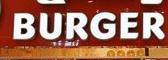
burger